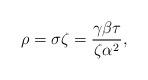
LaTeX: \begin{align*}\rho=\sigma\zeta=\frac{\gamma\beta\tau}{\zeta\alpha^{2}},\end{align*}